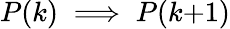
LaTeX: P(k)\implies P(k{+}1)